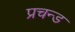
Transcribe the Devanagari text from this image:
प्रचन्ड